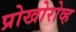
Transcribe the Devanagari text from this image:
प्रोखोरोव्ह